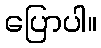
ပြောပါ။